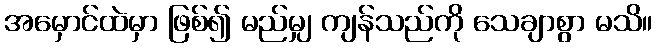
အမှောင်ထဲမှာ ဖြစ်၍ မည်မျှ ကျန်သည်ကို သေချာစွာ မသိ။